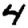
Digit: 4